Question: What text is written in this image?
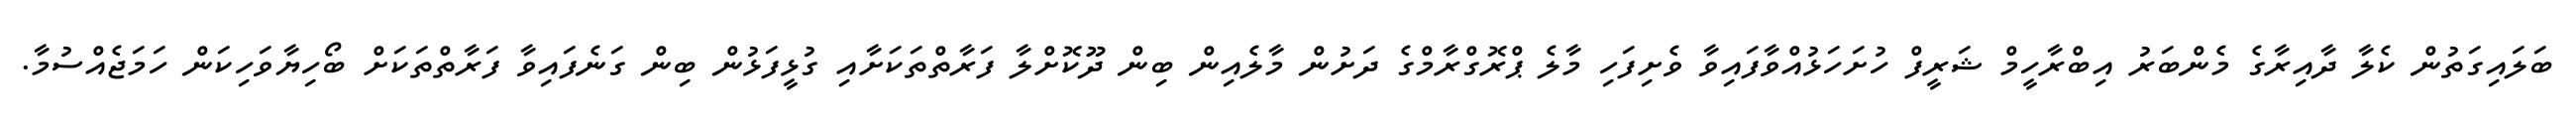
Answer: ބަލައިގަތުން ކެލާ ދާއިރާގެ މެންބަރު އިބްރާހީމް ޝަރީފް ހުށަހަޅުއްވާފައިވާ ވެށިފަހި މާލެ ޕްރޮގްރާމްގެ ދަށުން މާލެއިން ބިން ދޫކޮށްލާ ފަރާތްތަކަށާއި ގުޅީފަޅުން ބިން ގަނެފައިވާ ފަރާތްތަކަށް ބޯހިޔާވަހިކަން ހަމަޖެއްސުމާ.